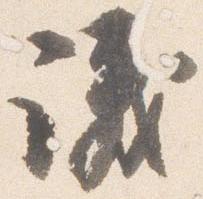
議